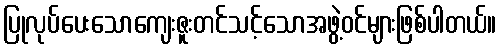
ပြုလုပ်ပေးသောကျေးဇူးတင်သင့်သောအဖွဲ့ဝင်များဖြစ်ပါတယ်။